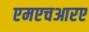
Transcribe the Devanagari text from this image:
एमएचआरए